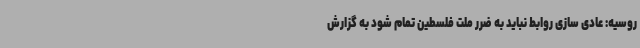
روسیه: عادی سازی روابط نباید به ضرر ملت فلسطین تمام شود به گزارش